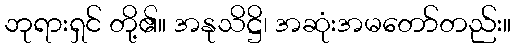
ဘုရားရှင် တို့၏။ အနုသိဋ္ဌိ၊ အဆုံးအမတော်တည်း။